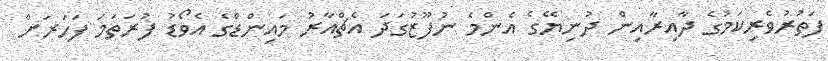
ފަތުރުވެރިކަމުގެ ދާއިރާއިން ދުނިޔޭގެ އެންމެ ނުފޫޒުގަދަ އެޗްއާރު މައިންޑްގެ އެވޯޑު ފުރަތަމަ ފަހަރަށް